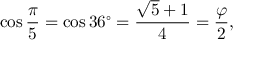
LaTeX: \cos { \frac { \pi } { 5 } } = \cos 3 6 ^ { \circ } = { \frac { { \sqrt { 5 } } + 1 } { 4 } } = { \frac { \varphi } { 2 } } ,